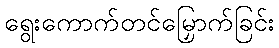
ရွေးကောက်တင်မြှောက်ခြင်း